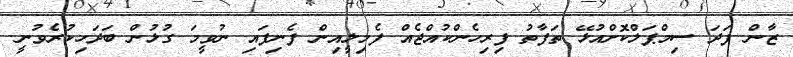
ޒާން ފަދަ ސިމްޕަލްކޮށްއުޅޭ ތަފާތު ފިރިހެންކުއްޖެއް ފެމިލީއިން ފެނިފައި ނުވީމަ ގުޅުން ބަދަހިކުރެވުނީ.